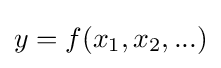
y=f(x_{1},x_{2},...)